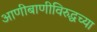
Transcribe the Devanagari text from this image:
आणीबाणीविरुद्धच्या